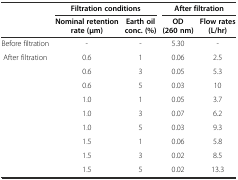
<table><thead><tr><td></td><td colspan="2"><b>Filtration conditions</b></td><td colspan="2"><b>After filtration</b></td></tr><tr><td></td><td><b>Nominal retention rate (μm)</b></td><td><b>Earth oil conc. (%)</b></td><td><b>OD (260 nm)</b></td><td><b>Flow rates (L/hr)</b></td></tr></thead><tbody><tr><td>Before filtration</td><td>-</td><td>-</td><td>5.30</td><td>-</td></tr><tr><td>After filtration</td><td>0.6</td><td>1</td><td>0.06</td><td>2.5</td></tr><tr><td></td><td>0.6</td><td>3</td><td>0.05</td><td>5.3</td></tr><tr><td></td><td>0.6</td><td>5</td><td>0.03</td><td>10</td></tr><tr><td></td><td>1.0</td><td>1</td><td>0.05</td><td>3.7</td></tr><tr><td></td><td>1.0</td><td>3</td><td>0.07</td><td>6.2</td></tr><tr><td></td><td>1.0</td><td>5</td><td>0.03</td><td>9.3</td></tr><tr><td></td><td>1.5</td><td>1</td><td>0.06</td><td>5.8</td></tr><tr><td></td><td>1.5</td><td>3</td><td>0.02</td><td>8.5</td></tr><tr><td></td><td>1.5</td><td>5</td><td>0.02</td><td>13.3</td></tr></tbody></table>